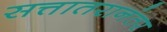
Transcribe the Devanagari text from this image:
सत्तातरानंतर